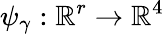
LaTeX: \psi_{\gamma}:\mathbb{R}^{r}\to\mathbb{R}^{4}